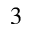
^ 3